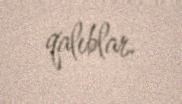
qalıblar.